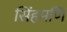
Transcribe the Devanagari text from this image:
सिंहमणि